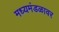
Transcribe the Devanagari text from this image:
मध्यमंडळावर